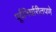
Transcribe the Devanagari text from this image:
पूर्वनिर्धारीतपणे